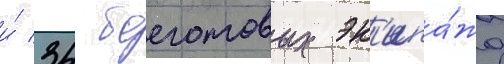
и́ 34 боеготовых эк'ипа́жа